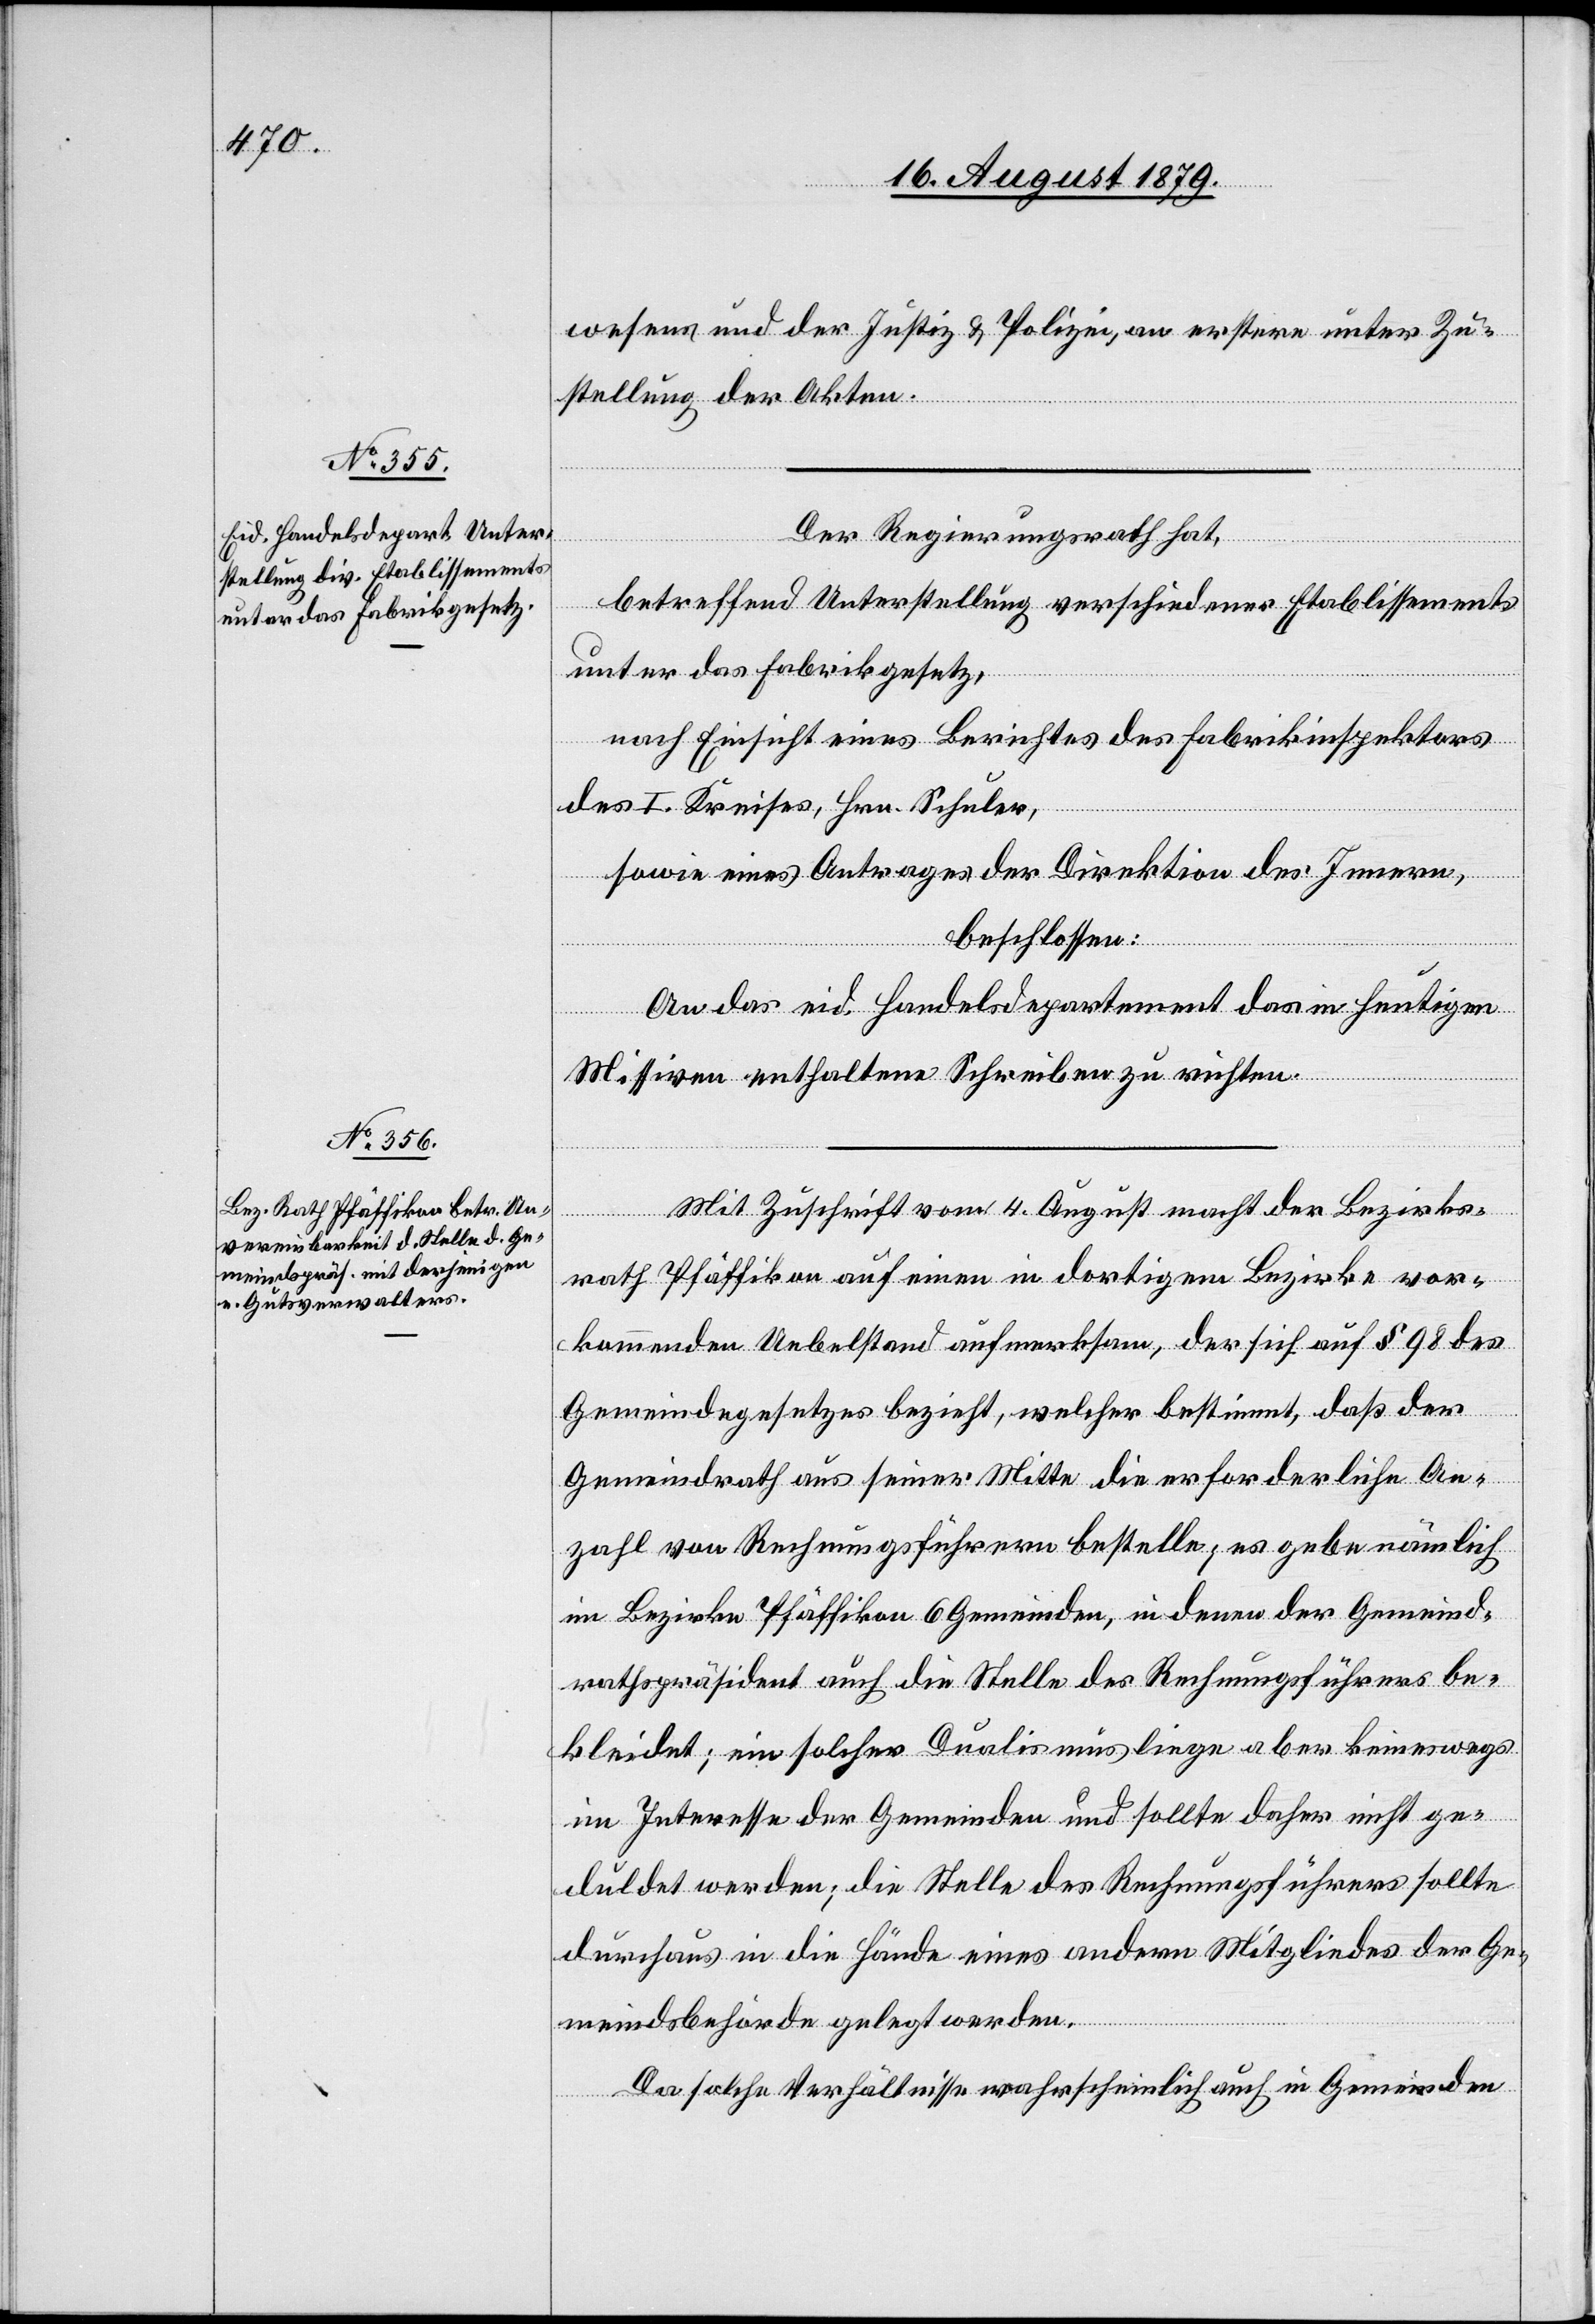
wesens und der Justiz & Polizei, an erstere unter Zu¬
stellung der Akten.
Der Regierungsrath hat,
betreffend Unterstellung verschiedener Etablissements
unter das Fabrikgesetz,
nach Einsicht eines Berichtes des Fabrikinspektors
des I. Kreises, Hrn. Schuler,
sowie eines Antrages der Direktion des Innern,
beschlossen:
An das eid. Handelsdepartement das in heutigen
Missiven enthaltene Schreiben zu richten.
Mit Zuschrift vom 4. August macht der Bezirks¬
rath Pfäffikon auf einen in dortigem Bezirke vor¬
kommenden Uebelstand aufmerksam, der sich auf § 98 des
Gemeindegesetzes bezieht, welcher bestimmt, daß der
Gemeindrath aus seiner Mitte die erforderliche An¬
zahl von Rechnungsführern bestelle; es gebe nämlich
im Bezirke Pfäffikon 6 Gemeinden, in denen der Gemeind¬
rathspräsident auch die Stelle des Rechnungsführers be¬
kleidet; ein solcher Dualismus liege aber keineswegs
im Interesse der Gemeinden und sollte daher nicht ge¬
duldet werden; die Stelle des Rechnungsführers sollte
durchaus in die Hände eines andern Mitgliedes der Ge¬
meindsbehörde gelegt werden.
Da solche Verhältnisse wahrscheinlich auch in Gemeinden